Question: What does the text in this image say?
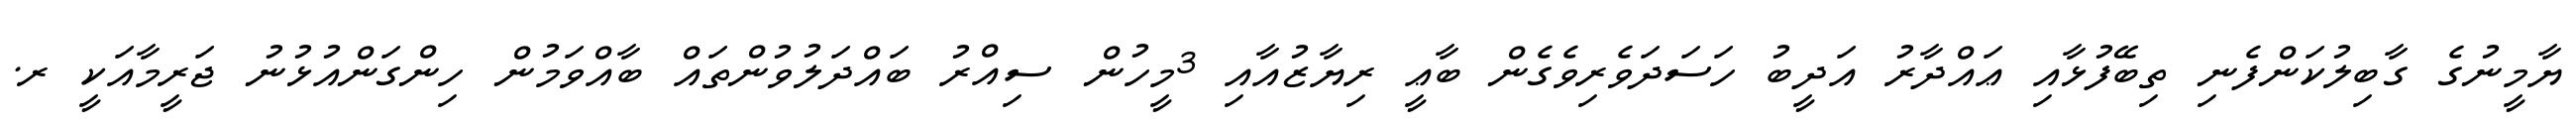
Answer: ޔާމީނުގެ ގާބިލުކަންފެނި ތިބޭފުޅާއި ޢައްދާރު އަދީބު ހަސަދަވެރިވެގެން ބާޢީ ރިޔާޒުއާއި 3މީހުން ސިއްރު ބައްދަލުވުންތައް ބާއްވަމުން ހިންގަންއުޅުނު ޖަރީމާއަކީ ރ.